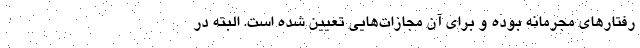
رفتارهای مجرمانه بوده و برای آن مجازات‌هایی تعیین شده است. البته در